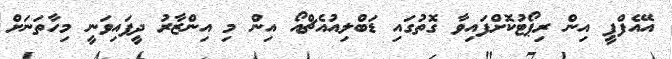
އޭއެފްޕީ އިން ރިޕޯޓުކޮށްފައިވާ ގޮތުގައި ޑަބްލިއުއެޗްއޯ އިން މި އިންޒާރު ދީފައިވަނީ މިހާތަނަށް